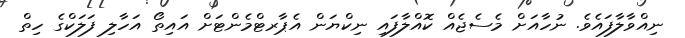
ނިއްވާލާފައެވެ. ނުހާއަށް މެސެޖެއް ކޮއްލާފައި ނިކްޔަން އެޕާރޓްމެންޓަށް އައިތޯ އަހާލި ފަލަކްގެ ހިތް